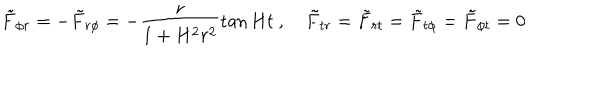
{ \tilde { F } } _ { \phi r } = - { \tilde { F } } _ { r \phi } = - \frac { r } { 1 + H ^ { 2 } r ^ { 2 } } \tan H t \ , \quad { \tilde { F } } _ { t r } = { \tilde { F } } _ { r t } = { \tilde { F } } _ { t \phi } = { \tilde { F } } _ { \phi t } = 0